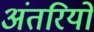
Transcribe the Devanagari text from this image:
अंतरियों